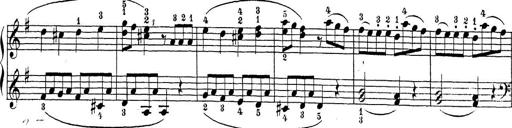
Title: Sonatina Album
Composer: Louis KÃ¶hler